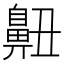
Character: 䶊